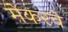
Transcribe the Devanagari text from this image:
मेकरचे